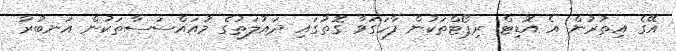
އޭގެ އިތުރުން އެ އޮޑިޓް ރިޕޯޓްތަކުން ފާހަގަވާ ގޮތުގައި ދައުލަތުގެ މުއައްސަސާތަކުން އަނބުރާ